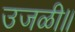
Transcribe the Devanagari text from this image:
उजळी॥